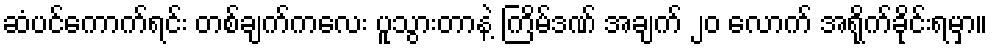
ဆံပင်ကောက်ရင်း တစ်ချက်ကလေး ပူသွားတာနဲ့ ကြိမ်ဒဏ် အချက် ၂၀ လောက် အရိုက်ခိုင်းရမှာ။